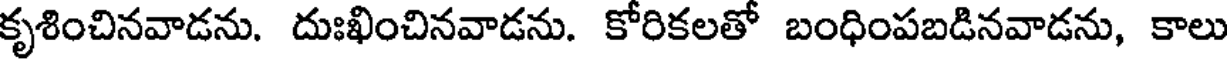
కృశించినవాడను. దుఃఖించినవాడను. కోరికలతో బంధింపబడినవాడను, కాలు